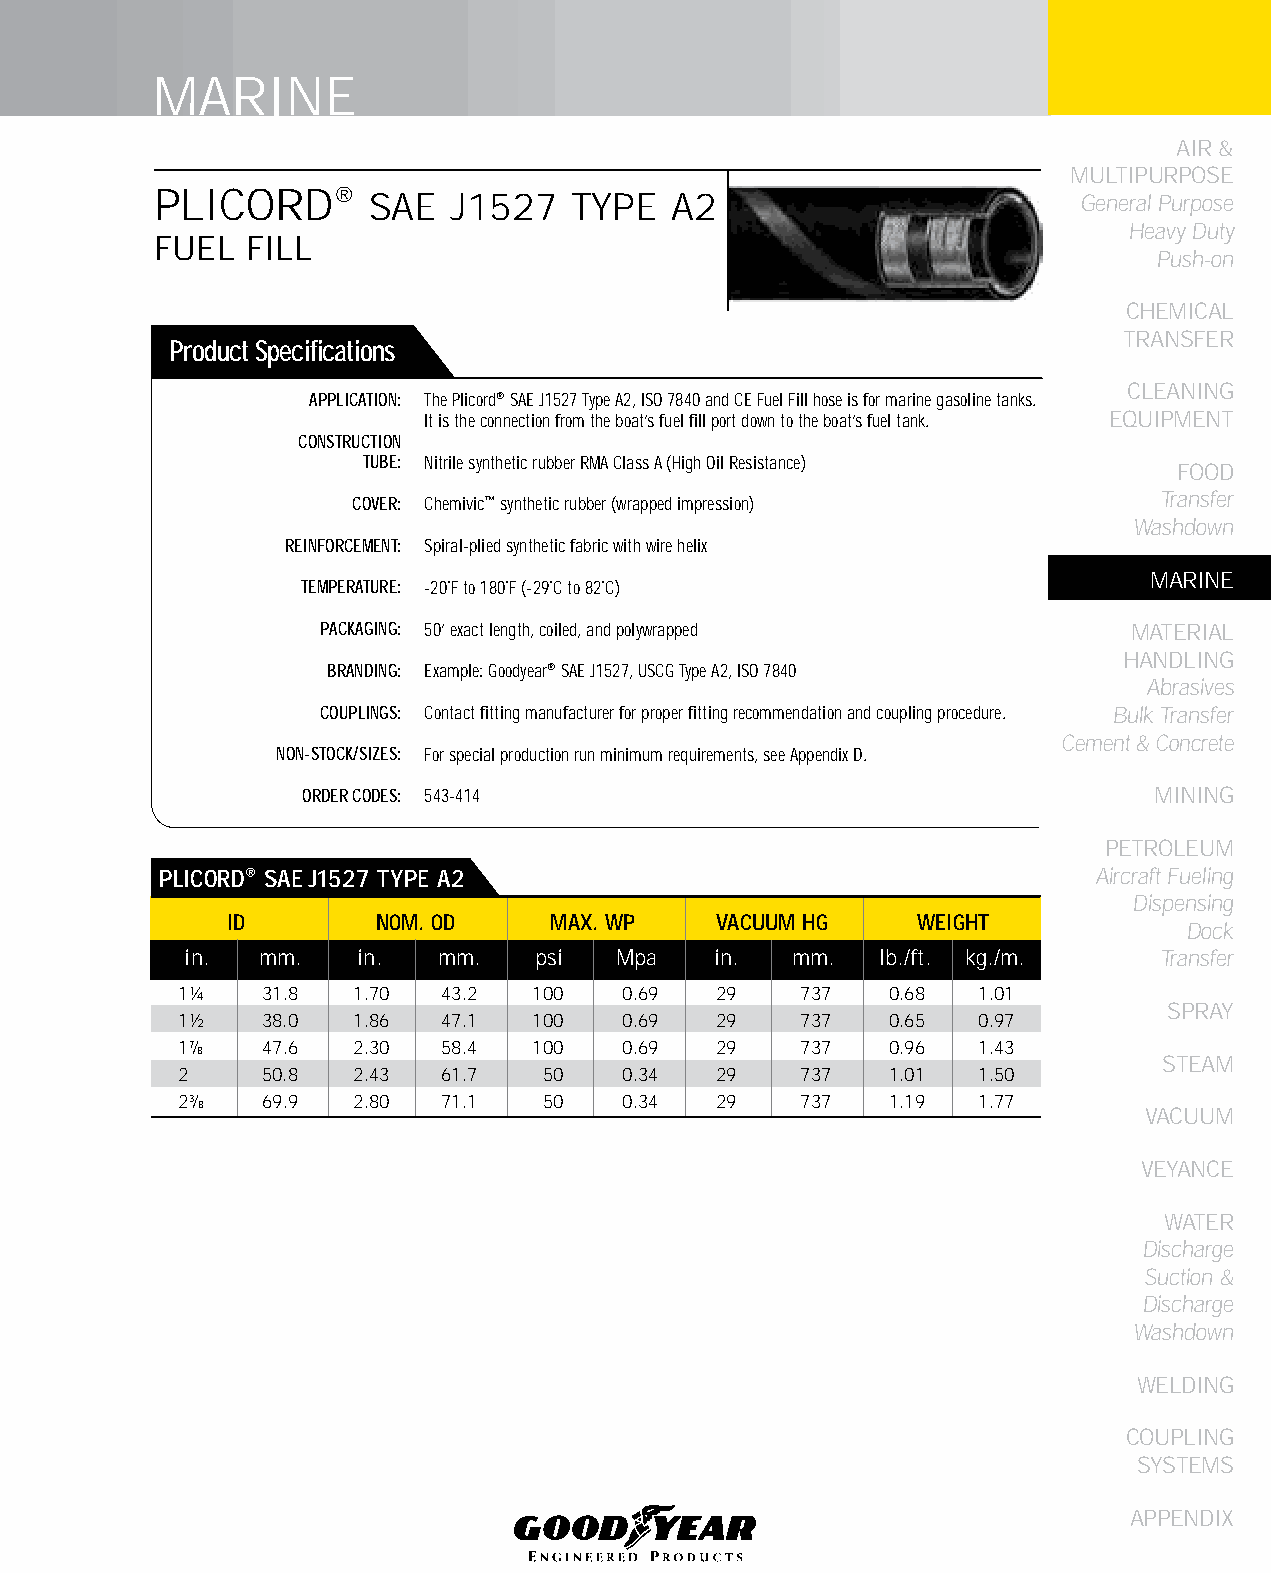
MARINE
 AIR &
 MULTIPURPOSE
 PLICORD®      SAE   J1527   TYPE   A2                         General Purpose
 Heavy Duty
 FUEL  FILL
 Push-on
 CHEMICAL
 TRANSFER
 Product Specifications
 CLEANING
 APPLICATION: The Plicord® SAE J1527 Type A2, ISO 7840 and CE Fuel Fill hose is for marine gasoline tanks.
 It is the connection from the boat’s fuel fill port down to the boat’s fuel tank. EqUIPMENT
 CONSTRUCTION
 TUBE: Nitrile synthetic rubber RMA Class A (High Oil Resistance)
 FOOD
 Transfer
 COVER: Chemivic™ synthetic rubber (wrapped impression)
 Washdown
 REINFORCEMENT: Spiral-plied synthetic fabric with wire helix
 MARINE
 TEMPERATURE: -20˚F to 180˚F (-29˚C to 82˚C)
 PACKAGING: 50’ exact length, coiled, and polywrapped  MATERIAL
 HANDLING
 BRANDING: Example: Goodyear® SAE J1527, USCG Type A2, ISO 7840
 Abrasives
 COUPLINGS: Contact fitting manufacturer for proper fitting recommendation and coupling procedure. Bulk Transfer
 Cement & Concrete
 NON-STOCK/SIZES: For special production run minimum requirements, see Appendix D.
 ORDER CODES: 543-414                                    MINING
 PETROLEUM
 PLICORD® SAE j1527 TyPE A2                                    Aircraft Fueling
 Dispensing
 ID        NOM. OD     MAX. WP   VACUUM HG     WEIGHT
 Dock
 in.  mm.    in.  mm.    psi  Mpa   in.   mm.  lb./ft. kg./m.     Transfer
 1¼   31.8  1.70  43.2  100   0.69  29    737   0.68  1.01
 SPRAY
 1½   38.0  1.86  47.1  100   0.69  29    737   0.65  0.97
 17⁄
 8
 47.6  2.30  58.4  100   0.69  29    737   0.96  1.43
 STEAM
 2    50.8  2.43  61.7   50   0.34  29    737   1.01  1.50
 23⁄
 8
 69.9  2.80  71.1   50   0.34  29    737   1.19  1.77
 VACUUM
 VEYANCE
 WATER
 Discharge
 Suction &
 Discharge
 Washdown
 WELDING
 COUPLING
 SYSTEMS
 APPENDIX
 91